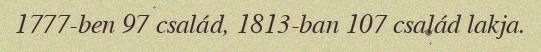
1777-ben 97 család, 1813-ban 107 család lakja.